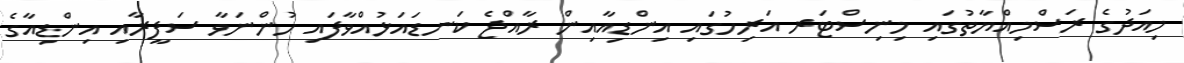
މިއަދުގެ ރަސްމިއްޔާތުގައި މިނިސްޓަރ އަރިހުގައި އިންޑިއާއިން ރާއްޖެ ކަނޑައަޅުއްވާފައި ހުންނަވާ ސަފީރާއި އިންޑިއާގެ